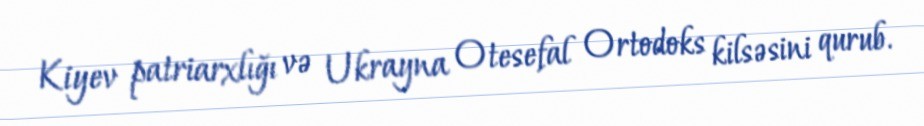
Kiyev patriarxlığı və Ukrayna Otesefal Ortodoks kilsəsini qurub.